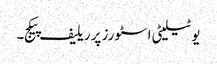
یوٹیلیٹی اسٹورز پر ریلیف پیکج۔